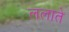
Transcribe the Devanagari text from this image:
ललाते